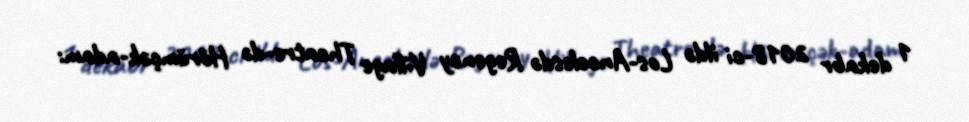
1 dekabr 2018-ci ildə Los-Ancelesdə Regency Village Theatre-də Hörümçək-adam: